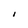
Character: I